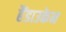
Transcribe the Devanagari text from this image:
हैंडाउकेन